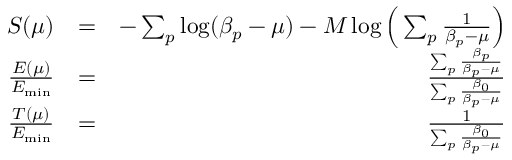
\begin{array} { r l r } { { S } ( \mu ) } & { = } & { - \sum _ { p } \log ( \beta _ { p } - \mu ) - M \log \Big ( \sum _ { p } \frac { 1 } { \beta _ { p } - \mu } \Big ) } \\ { \frac { E ( \mu ) } { E _ { \mathrm { m i n } } } } & { = } & { \frac { \sum _ { p } \frac { \beta _ { p } } { \beta _ { p } - \mu } } { \sum _ { p } \frac { \beta _ { 0 } } { \beta _ { p } - \mu } } } \\ { \frac { T ( \mu ) } { E _ { \mathrm { m i n } } } } & { = } & { \frac { 1 } { \sum _ { p } \frac { \beta _ { 0 } } { \beta _ { p } - \mu } } } \end{array}